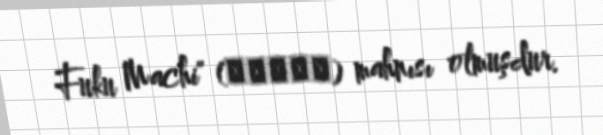
Fuku Machi" (風が吹く街) mahnısı olmuşdur.